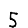
Digit: 5